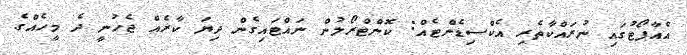
އެއާޕޯޓުގައި ނުރައްކާތެރި އެކްސިޑެންޓެއް: ކޮންޓްރޯލުން ނައްޓައިގެން ދިޔަ ކާރެއް ޖެހުނީ ދެ މީހެއްގެ